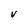
Character: V